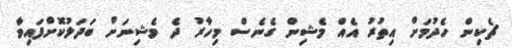
ޗެކިން ހެދުމަށް އިތުރު އެއް މެޝިން ގެނެސް މިހާރު ދެ މެޝިނަށް ބަދަލުކޮށްފައިވާ